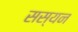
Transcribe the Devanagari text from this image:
सस्यन